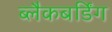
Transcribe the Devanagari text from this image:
ब्लैकबर्डिंग